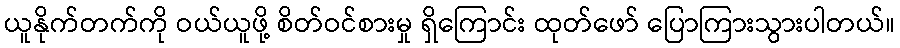
ယူနိုက်တက်ကို ဝယ်ယူဖို့ စိတ်ဝင်စားမှု ရှိကြောင်း ထုတ်ဖော် ပြောကြားသွားပါတယ်။